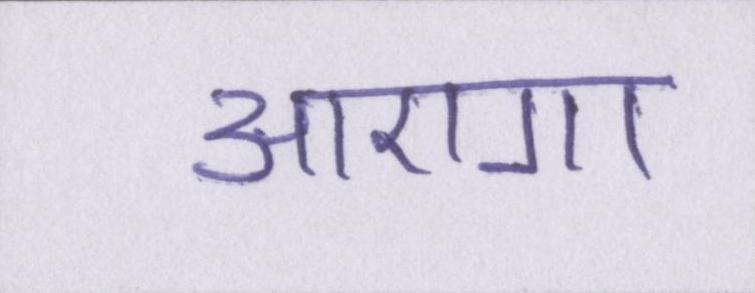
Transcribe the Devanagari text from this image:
आएगा